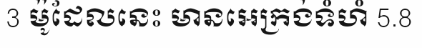
3 ម៉ូដែលនេះ មានអេក្រង់ទំហំ 5.8